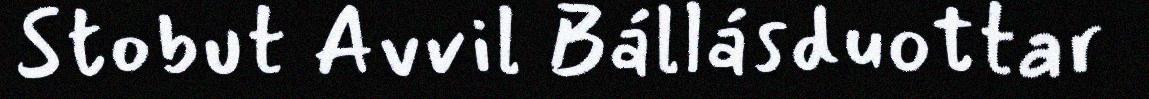
Stobut Avvil Bállásduottar